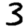
Digit: 3